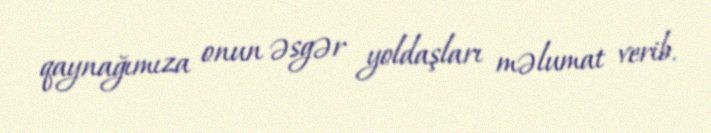
qaynağımıza onun əsgər yoldaşları məlumat verib.